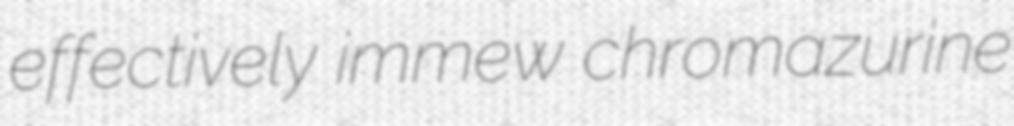
effectively immew chromazurine